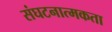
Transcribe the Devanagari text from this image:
संघटनात्मकता